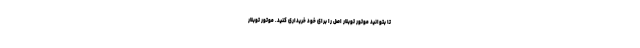
تا بتوانید موتور توبلار اصل را برای خود خریداری کنید. موتور توبلار